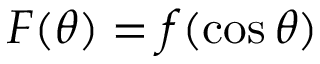
F ( \theta ) = f ( \cos \theta )